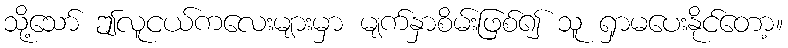
သို့သော် ဤလူငယ်ကလေးများမှာ မျက်နှာစိမ်းဖြစ်၍ သူ ရှာမပေးနိုင်တော့။